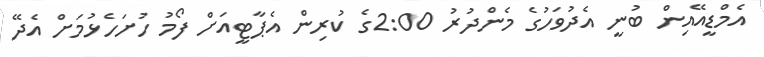
އެމްޑީއޭއިން ބުނީ އެދުވަހުގެ މެންދުރު 2:00ގެ ކުރިން އެޕާޓީއަށް ފޯމު ހުށަހެޅުމަށް އެދޭ